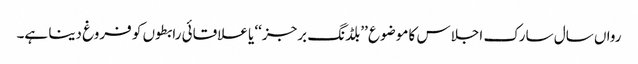
رواں سال سارک اجلاس کا موضوع ’’بلڈنگ برجز‘‘ یا علاقائی رابطوں کو فروغ دینا ہے۔